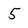
Character: 5